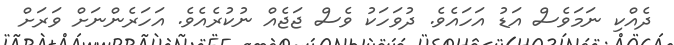
ދެއްކި ނަމަވެސް އަަޑު އަހައެވެ. ދުވަހަކު ވެސް ޖަޖެއް ނުކުރެއެވެ. އަހަރެންނަށް ވަރަށް